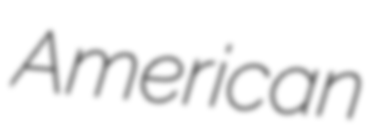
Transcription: American